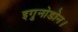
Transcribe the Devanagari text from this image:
इगु़नोडोन।